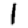
Digit: 1